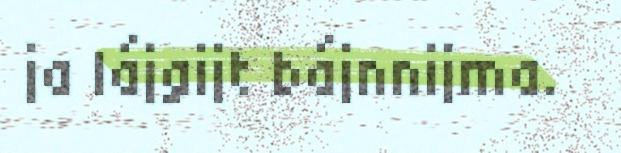
ja lájgijt bájnnijma.